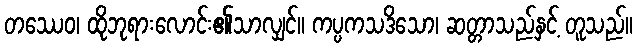
တဿေဝ၊ ထိုဘုရားလောင်း၏သာလျှင်။ ကပ္ပကသဒိသော၊ ဆတ္တာသည်နှင့် တူသည်။